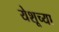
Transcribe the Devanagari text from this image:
येशूच्‍या